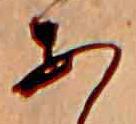
あ